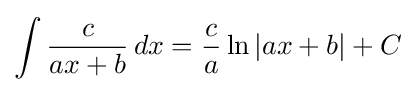
\int {\frac {c}{ax+b}}\,dx={\frac {c}{a}}\ln \left|ax+b\right|+C